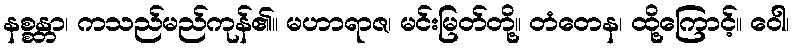
နစ္စန္တာ၊ ကသည်မည်ကုန်၏။ မဟာရာဇ၊ မင်းမြတ်တို့။ တံတေန၊ ထို့ကြောင့်။ ဝေါ၊